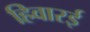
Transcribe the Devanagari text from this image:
हिवारई